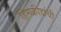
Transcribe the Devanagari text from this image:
हिमक्रीडांची